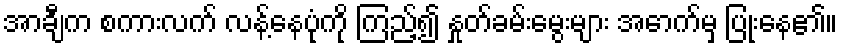
အာချီက စကားလက် လန့်နေပုံကို ကြည့်၍ နှုတ်ခမ်းမွေးများ အောက်မှ ပြုံးနေ၏။